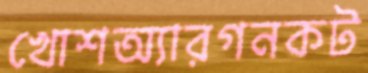
খোশঅ্যারগনকট